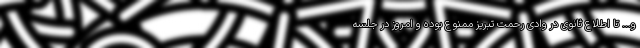
و... تا اطلاع ثانوی در وادی رحمت تبریز ممنوع بوده و امروز در جلسه